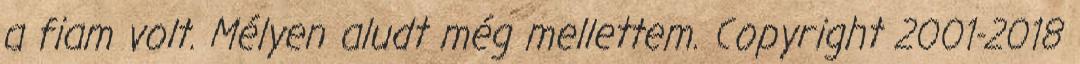
a fiam volt. Mélyen aludt még mellettem. Copyright 2001-2018